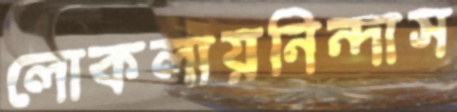
লোকলায়নিন্দাস